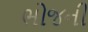
ભોજની